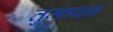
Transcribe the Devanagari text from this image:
तुमायन